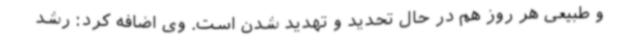
و طبیعی هر روز هم در حال تحدید و تهدید شدن است. وی اضافه کرد: رشد